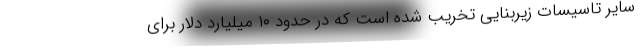
سایر تاسیسات زیربنایی تخریب شده است که در حدود ۱۰ میلیارد دلار برای